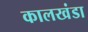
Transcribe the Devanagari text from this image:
कालखंडा